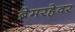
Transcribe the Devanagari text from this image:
ब्रेमरहेवर